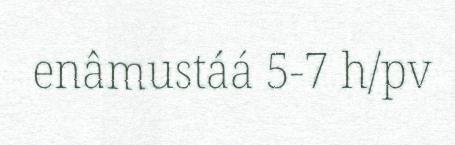
enâmustáá 5-7 h/pv